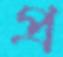
প্র